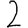
Digit: 2